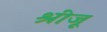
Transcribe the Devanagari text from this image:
श्रीजू